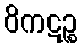
ဝိကဋဉ္စ